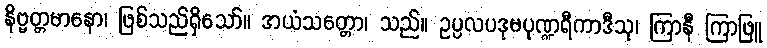
နိဗ္ဗတ္တမာနော၊ ဖြစ်သည်ရှိသော်။ အယံသတ္တော၊ သည်။ ဥပ္ပလပဒုမပုဏ္ဍရီကာဒီသု၊ ကြာနီ ကြာဖြူ